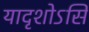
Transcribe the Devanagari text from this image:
यादृशोऽसि